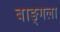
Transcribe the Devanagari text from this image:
बाङ्गला